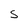
Character: S